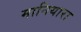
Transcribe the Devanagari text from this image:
मानियारा